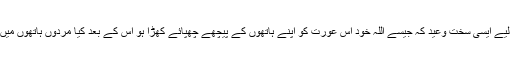
جس دین میں عورت پر ظلم کرنے والے مرد کے لیے ایسی سخت وعید کہ جیسے اللہ خود اس عورت کو اپنے ہاتھوں کے پیچھے چھپائے کھڑا ہو اس کے بعد کیا مردوں ہاتھوں میں کڑوں کے پہنائے جانے کی گنجائیش بچتی ہے ؟